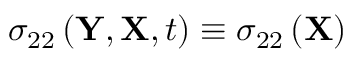
\sigma _ { 2 2 } \left( \mathbf { Y } , \mathbf { X } , t \right) \equiv \sigma _ { 2 2 } \left( \mathbf { X } \right)